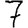
Digit: 7